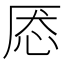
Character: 𰑕